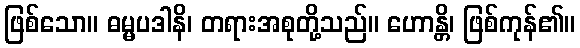
ဖြစ်သော။ ဓမ္မပဒါနိ၊ တရားအစုတို့သည်။ ဟောန္တိ၊ ဖြစ်ကုန်၏။